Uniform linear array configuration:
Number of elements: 48
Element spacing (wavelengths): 0.75
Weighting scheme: binomial
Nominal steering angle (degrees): -45
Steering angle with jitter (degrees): -43.885
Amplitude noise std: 0.05
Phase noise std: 0.05

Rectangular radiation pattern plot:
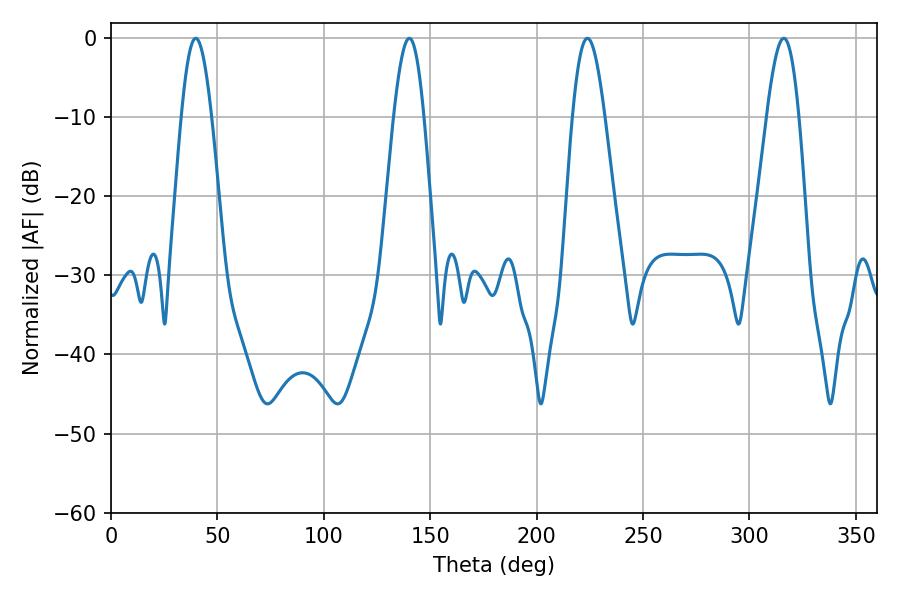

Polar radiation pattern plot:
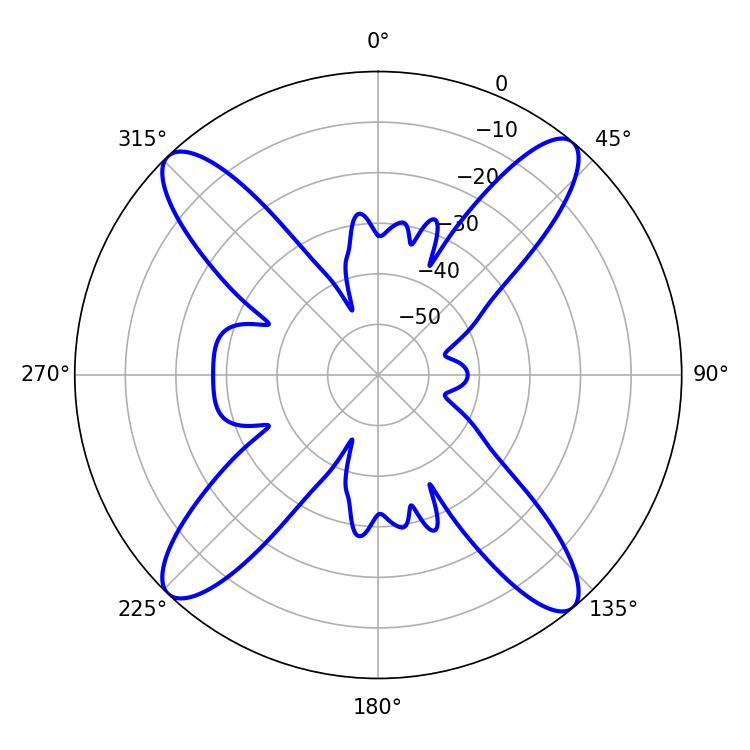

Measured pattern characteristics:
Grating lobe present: TRUE
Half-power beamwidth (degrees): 7.56
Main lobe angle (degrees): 39.78